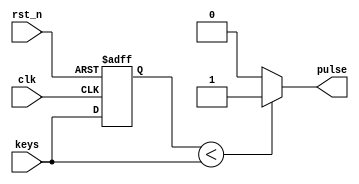
`timescale 1ns / 1ps
//////////////////////////////////////////////////////////////////////////////////
// Company: 
// Engineer: 
// 
// Design Name: 
// Module Name: one_pulse
// Project Name: 
// Target Devices: 
// Tool Versions: 
// Description: 
// 
// Dependencies: 
// 
// Revision:
// Revision 0.01 - File Created
// Additional Comments:
// 
//////////////////////////////////////////////////////////////////////////////////


module one_pulse(
    input clk,
    input rst_n,
    input keys,
    output reg pulse
    );
    reg key_down_temp;

    always @(posedge clk or negedge rst_n)
        if (~rst_n)  key_down_temp <= 0;
        else key_down_temp <= keys;

    always @*
        if (key_down_temp < keys)  pulse = 1'd1;
        else  pulse <= 1'd0;

endmodule